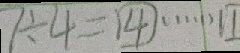
7 \div 4 = 4 \cdots 1